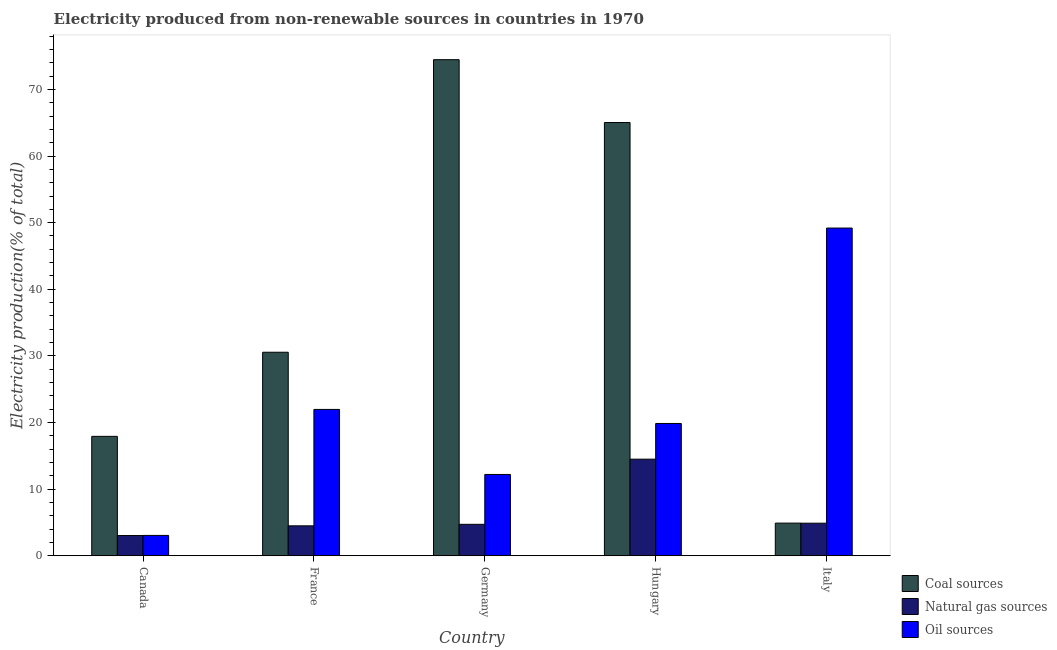
| Country | Coal sources | Natural gas sources | Oil sources |
 | --- | --- | --- | --- |
 | Canada | 17.9 | 3.04 | 3.06 |
 | France | 30.6 | 4.5 | 22 |
 | Germany | 74.5 | 4.72 | 12.2 |
 | Hungary | 65 | 14.5 | 19.9 |
 | Italy | 4.9 | 4.89 | 49.2 |